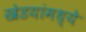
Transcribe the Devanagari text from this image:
खेडयांमध्ये